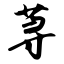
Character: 荨